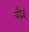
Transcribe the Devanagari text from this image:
बढ़ैइ